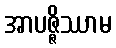
အာပဇ္ဇိဿာမ